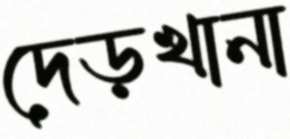
দেড়খানা